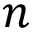
n